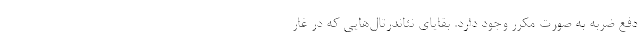
دفع ضربه به صورت مکرر وجود دارد. بقایای نئاندرتال‌هایی که در غار